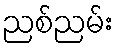
ညစ်ညမ်း